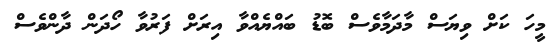
މީހަ ކަށް ވިޔަސް މާދަމާވެސް ބޮޑު ބައްޔެއްވާ އިރަށް ފަރުވާ ހޯދަން ދާންވެސް